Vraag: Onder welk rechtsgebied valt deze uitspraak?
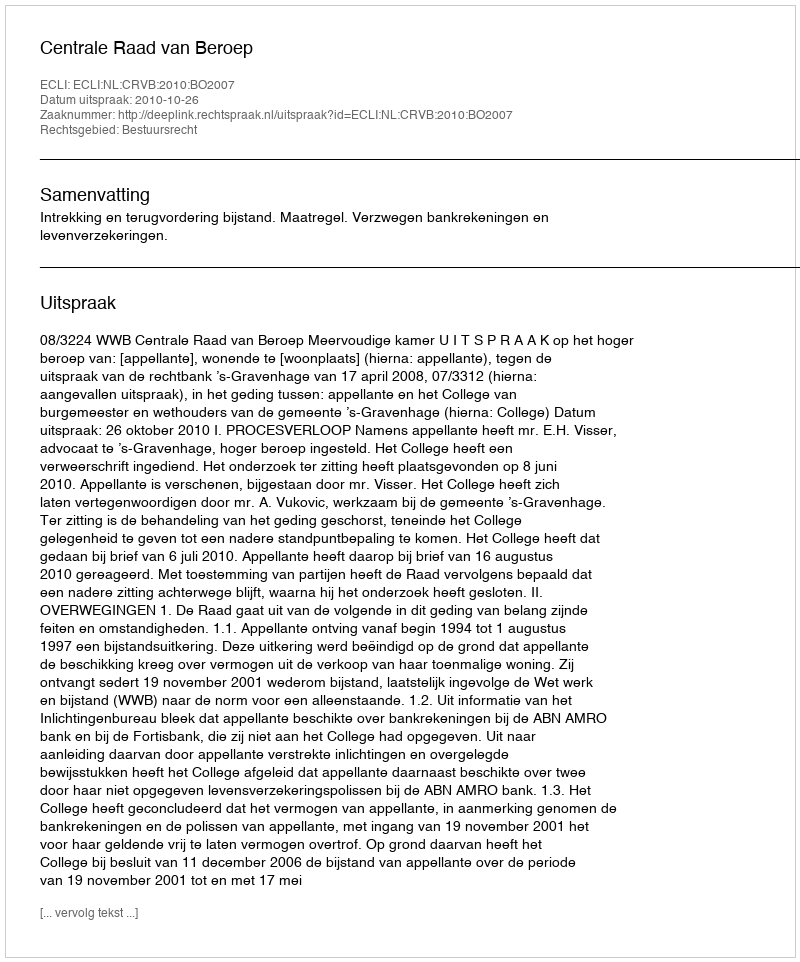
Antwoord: Bestuursrecht